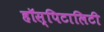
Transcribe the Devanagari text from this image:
हॉस्पिटालिटी